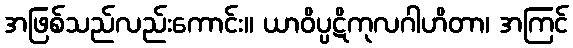
အဖြစ်သည်လည်းကောင်း။ ယာဝိပ္ပဋိကုလဂါဟိတာ၊ အကြင်